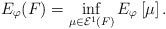
LaTeX: \begin{align*} E_{\varphi}(F) = \inf_{\mu \in \mathcal E^1(F)}E_{\varphi}\left[\mu\right]. \end{align*}